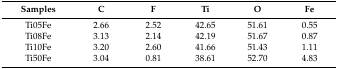
<table><thead><tr><td><b>Samples</b></td><td><b>C</b></td><td><b>F</b></td><td><b>Ti</b></td><td><b>O</b></td><td><b>Fe</b></td></tr></thead><tbody><tr><td>Ti05Fe</td><td>2.66</td><td>2.52</td><td>42.65</td><td>51.61</td><td>0.55</td></tr><tr><td>Ti08Fe</td><td>3.13</td><td>2.14</td><td>42.19</td><td>51.67</td><td>0.87</td></tr><tr><td>Ti10Fe</td><td>3.20</td><td>2.60</td><td>41.66</td><td>51.43</td><td>1.11</td></tr><tr><td>Ti50Fe</td><td>3.04</td><td>0.81</td><td>38.61</td><td>52.70</td><td>4.83</td></tr></tbody></table>